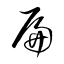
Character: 扁